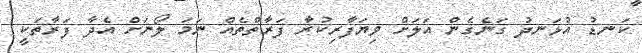
ކަނޑު އުޅަނދު ގަނެގެން އަލަށް ވިޔަފާރިކުރާ ފަރާތްތެއް ނަމަ ލޯނަށް އެދާ ފަރާތަކީ